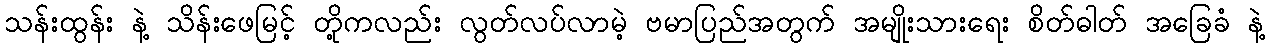
သန်းထွန်း နဲ့ သိန်းဖေမြင့် တို့ကလည်း လွတ်လပ်လာမဲ့ ဗမာပြည်အတွက် အမျိုးသားရေး စိတ်ဓါတ် အခြေခံ နဲ့